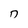
Character: 7